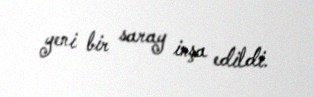
yeni bir saray inşa edildi.